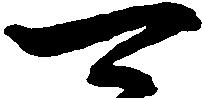
可